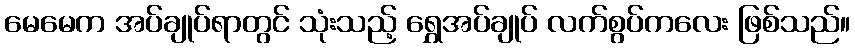
မေမေက အပ်ချုပ်ရာတွင် သုံးသည့် ရွှေအပ်ချုပ် လက်စွပ်ကလေး ဖြစ်သည်။